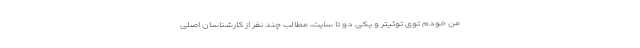
من خودم توی توئیتر و یکی دو تا سایت، مطالب چند نفر از کارشناسان اصلی